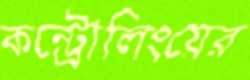
কন্ট্রোলিংয়ের